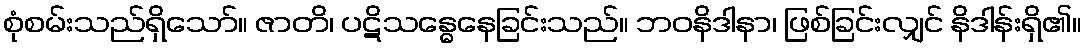
စုံစမ်းသည်ရှိသော်။ ဇာတိ၊ ပဋိသန္ဓေနေခြင်းသည်။ ဘဝနိဒါနာ၊ ဖြစ်ခြင်းလျှင် နိဒါန်းရှိ၏။